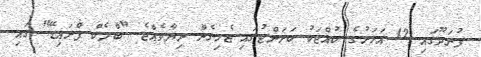
ފުނަދޫގައި 12 އަހަރުގެ ކުއްޖަކު ކަރަންޓުގައި ޖެހިގެން ނިޔާވެއްޖެ "ބްލެކް ފްރައިޑޭ" ގައި